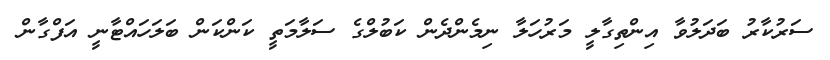
ސަރުކާރު ބަދަލުވާ އިންތިގާލީ މަރުހަލާ ނިމެންދެން ކަބުލްގެ ސަލާމަތީ ކަންކަން ބަލަހައްޓާނީ އަފްގާން